Insane asylums in Bengal annual reports 1867-1875 - 1867-1875
Year: 1867
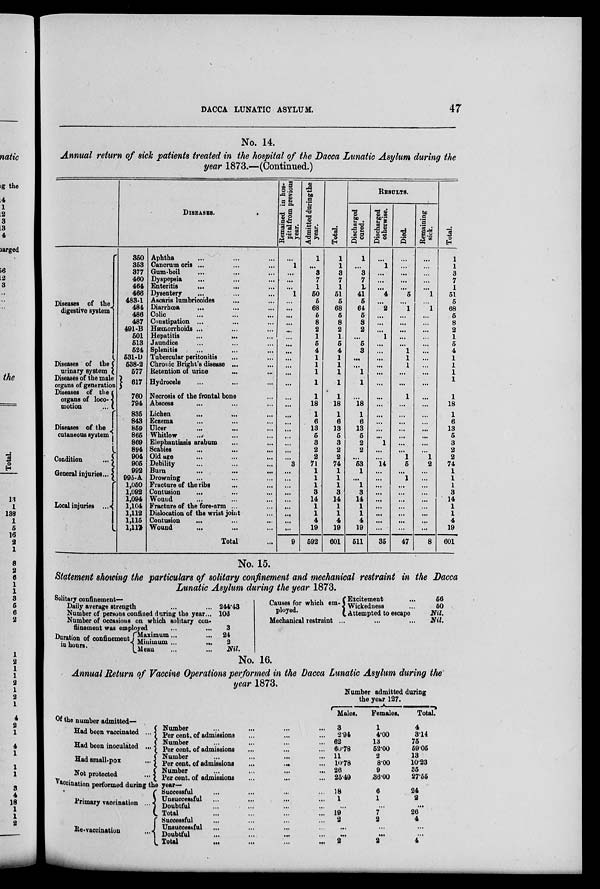
DACCA LUNATIC ASYLUM.
47
No. 14.
Annual return of sick patients treated in the hospital of the Dacca Lunatic Asylum during the
year 1873.—(Continued.)
DISEASES.
Diseases of the
digestive system
Diseases of the
urinary system
Diseases of the male
organs of generation
Diseases of the
organs of loco-
motion
...
Diseases of the
cutaneous system
Condition
...
General injuries ...
Local injuries ...
350
353
377
460
464
466
483-1
484
486
487
491-B
501
513
524
531-D
538-2
577
617
760
794
835
843
859
865
869
894
904
905
992
995-A
1,050
1,092
1,094
1,104
1,112
1,115
1,117
Aphtha ... ... ...
Cancrum oris ... ... ...
Gum-boil ... ... ...
Dyspepsia ... ... ...
Enteritis ... ... ...
Dysentery ... ... ...
Ascaris lumbricoides
...
...
Diarrhœa ... ... ...
Colic ... ... ...
Constipation ... ... ...
Hæmorrhoids ... ... ...
Hepatitis ... ... ...
Jaundice ... ... ...
Splenitis ... ... ...
Tubercular peritonitis ... ...
Chronic Bright's disease ... ...
Retention of urine ... ... ...
Hydrocele ... ... ...
Necrosis of the frontal bone ...
Abscess ... ... ...
Lichen ... ... ...
Eczema ... ... ...
Ulcer ... ... ...
Whitlow ... ... ...
Elephantiasis arabum ... ...
Scabies ... ... ...
Old age ... ... ...
Debility ... ... ...
Burn ... ... ...
Drowning ... ... ...
Fracture of the ribs ... ...
Contusion ... ... ...
Wound ... ...
Fracture of the fore-arm ... ...
Dislocation of the wrist joint ...
Contusion
... ... ...
Wound
... ... ...
Total ...
Remained in hos-
pital from previous
year.
...
1
...
...
...
1
...
...
...
...
...
...
...
...
...
...
...
...
...
...
...
...
...
...
...
...
... 3
...
...
...
...
...
...
...
...
...
9
Admitted during the
year.
1
...
3
7
1
50
5
68
5
8
2
1
5
4
1
1
1
1
1
18
1
6
13
5
3
2
2
71
1
1
1
3
14
1
1
4
19
592
Total.
1
1
3
7
1
51
5
68
5
8
2
1
5
4
1
1
1
1
1
18
1
6
13
5
3
2
2
74
1
1
1
3
14
1
1
4
19
601
RESULTS.
Discharged
cured.
1
...
3
7
1
41
5
64
5
8
2
...
5
3
...
...
1
1
...
18
1
6
13
5
2
2
... 53
1
...
l
3
14
1
1
4
19
511
Discharged
otherwise.
...
l
...
...
...
4
...
2
...
...
...
1
...
...
...
...
...
...
...
...
...
...
...
...
1
...
...
14
...
...
...
...
...
...
...
...
...
35
Died.
...
...
...
...
...
5
... 1
...
...
...
...
...
1
1
1
...
...
1
...
...
...
...
...
...
...
1
5
... 1
...
...
...
...
...
...
...
47
Remaining
sick.
...
...
...
...
...
1
...
1
...
...
...
...
...
...
...
...
...
...
...
...
...
...
...
...
...
...
1
2
...
...
...
...
...
...
...
...
...
8
Total.
1
1
3
7
1
51
5
68
5
8
2
1
5
4
1
1
1
1
1
18
1
6
13
5
3
2
2
74
1
1
1
3
14
1
1
4
19
601
No. 15.
Statement showing the particulars of solitary confinement and mechanical restraint in the Dacca
Lunatic Asylum during the year 1873.
Solitary confinement—
Daily average strength ... ...
Number of persons confined during the year...
Number of occasions on which solitary con-
finement was employed ... ...
Duration of confinement
in hours.
Maximum ... ...
Minimum ...
...
Mean ... ...
244.43
106
3
24
2
Nil.
Causes for which em-
ployed.
Excitement ... ...
Wickedness ...
Attempted to escape
Mechanical restraint
...
...
...
56
50
Nil.
Nil.
No. 16.
Annual Return of Vaccine Operations performed in the Dacca Lunatic Asylum during the
year 1873.
Number admitted during
the
year
127.
Males.
Females.
Total.
Of the number admitted—
Had been vaccinated ...
Had been inoculated ...
Had small-pox
...
Not protected
...
Number ... ... ... ...
Per cent. of admissions ... ... ...
Number ... ... ... ...
Per cent. of admissions ... ... ...
Number ... ... ... ...
Per cent. of admissions
...
...
...
Number ... ... ... ...
Per cent. of admissions ... ... ...
3
2.94
62
60.78
11
10.78
26
25.49
1
4.00
13
52.00
2
8.00
9
36.00
4
3.14
75
59.05
13
10.23
35
27.55
Vaccination performed during the year—
Primary vaccination ...
Re-vaccination
...
Successful ... ... ... ...
Unsuccessful ... ... ... ...
Doubtful ... ... ... ...
Total ... ... ... ...
Successful ... ... ... ...
Unsuccessful ... ... ... ...
Doubtful ... ... ... ...
Total ... ... ... ...
18
1
...
19
2
...
...
2
6
1
...
7
2
...
...
2
24
2
...
26
4
...
...
4